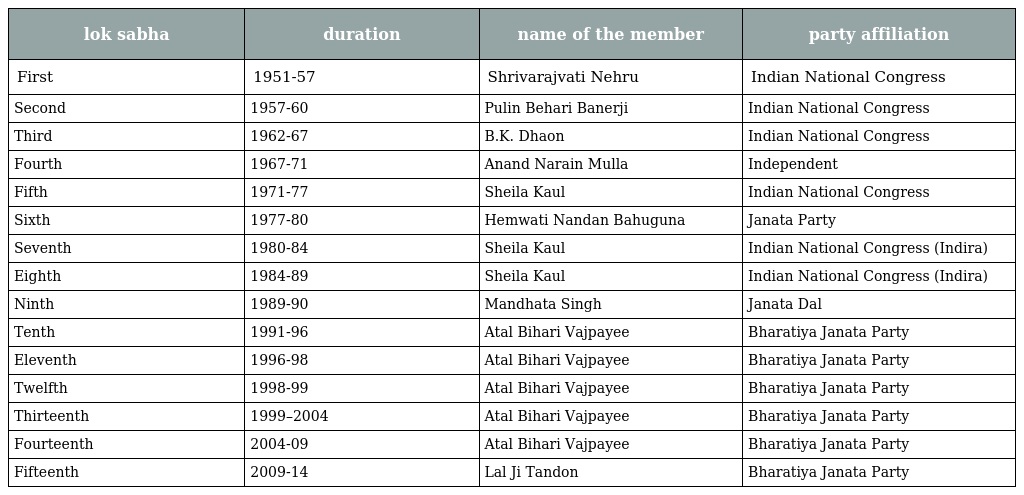
| lok sabha | duration | name of the member | party affiliation |
 | --- | --- | --- | --- |
 | First | 1951-57 | Shrivarajvati Nehru | Indian National Congress |
 | Second | 1957-60 | Pulin Behari Banerji | Indian National Congress |
 | Third | 1962-67 | B.K. Dhaon | Indian National Congress |
 | Fourth | 1967-71 | Anand Narain Mulla | Independent |
 | Fifth | 1971-77 | Sheila Kaul | Indian National Congress |
 | Sixth | 1977-80 | Hemwati Nandan Bahuguna | Janata Party |
 | Seventh | 1980-84 | Sheila Kaul | Indian National Congress (Indira) |
 | Eighth | 1984-89 | Sheila Kaul | Indian National Congress (Indira) |
 | Ninth | 1989-90 | Mandhata Singh | Janata Dal |
 | Tenth | 1991-96 | Atal Bihari Vajpayee | Bharatiya Janata Party |
 | Eleventh | 1996-98 | Atal Bihari Vajpayee | Bharatiya Janata Party |
 | Twelfth | 1998-99 | Atal Bihari Vajpayee | Bharatiya Janata Party |
 | Thirteenth | 1999–2004 | Atal Bihari Vajpayee | Bharatiya Janata Party |
 | Fourteenth | 2004-09 | Atal Bihari Vajpayee | Bharatiya Janata Party |
 | Fifteenth | 2009-14 | Lal Ji Tandon | Bharatiya Janata Party |